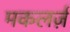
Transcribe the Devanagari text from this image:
मकलर्ज़